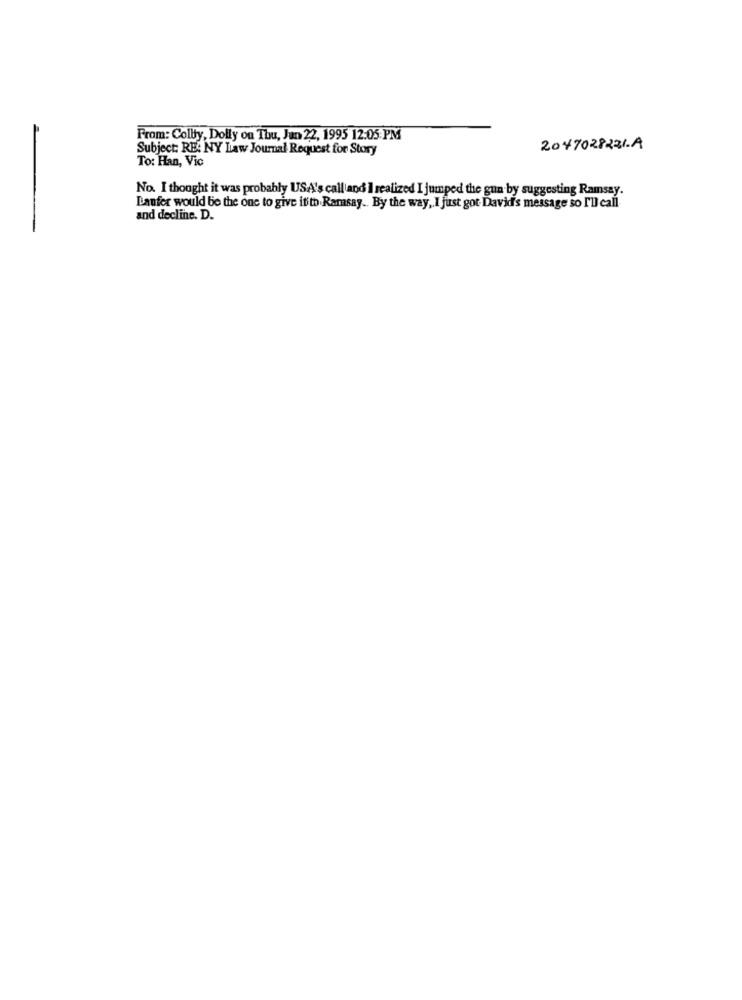
From: Colby, Dolly on Thu, Jan 22, 1995 12:05 PM
Subject: RE: NY Law Journal Request for Story
2047028221.A
To: Han, Vic
No. I thought it was probably USA's call and I realized I jumped the gun by suggesting Ramsay.
Lanfer would be the one to give it to Ramsay .. By the way, I just got David's message so I'll call
and decline. D.